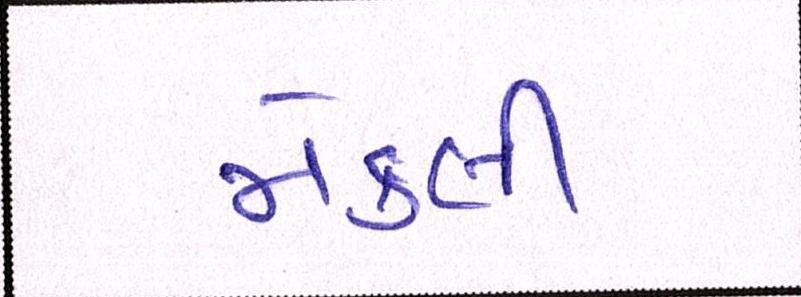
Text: મેકલી